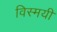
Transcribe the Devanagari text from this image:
विस्मयी